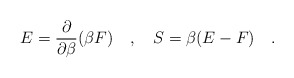
\begin{align*}E={\partial \over \partial \beta}(\beta F)~~~,~~~S=\beta(E-F)~~~.\end{align*}